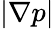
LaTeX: \left|\nabla p\right|